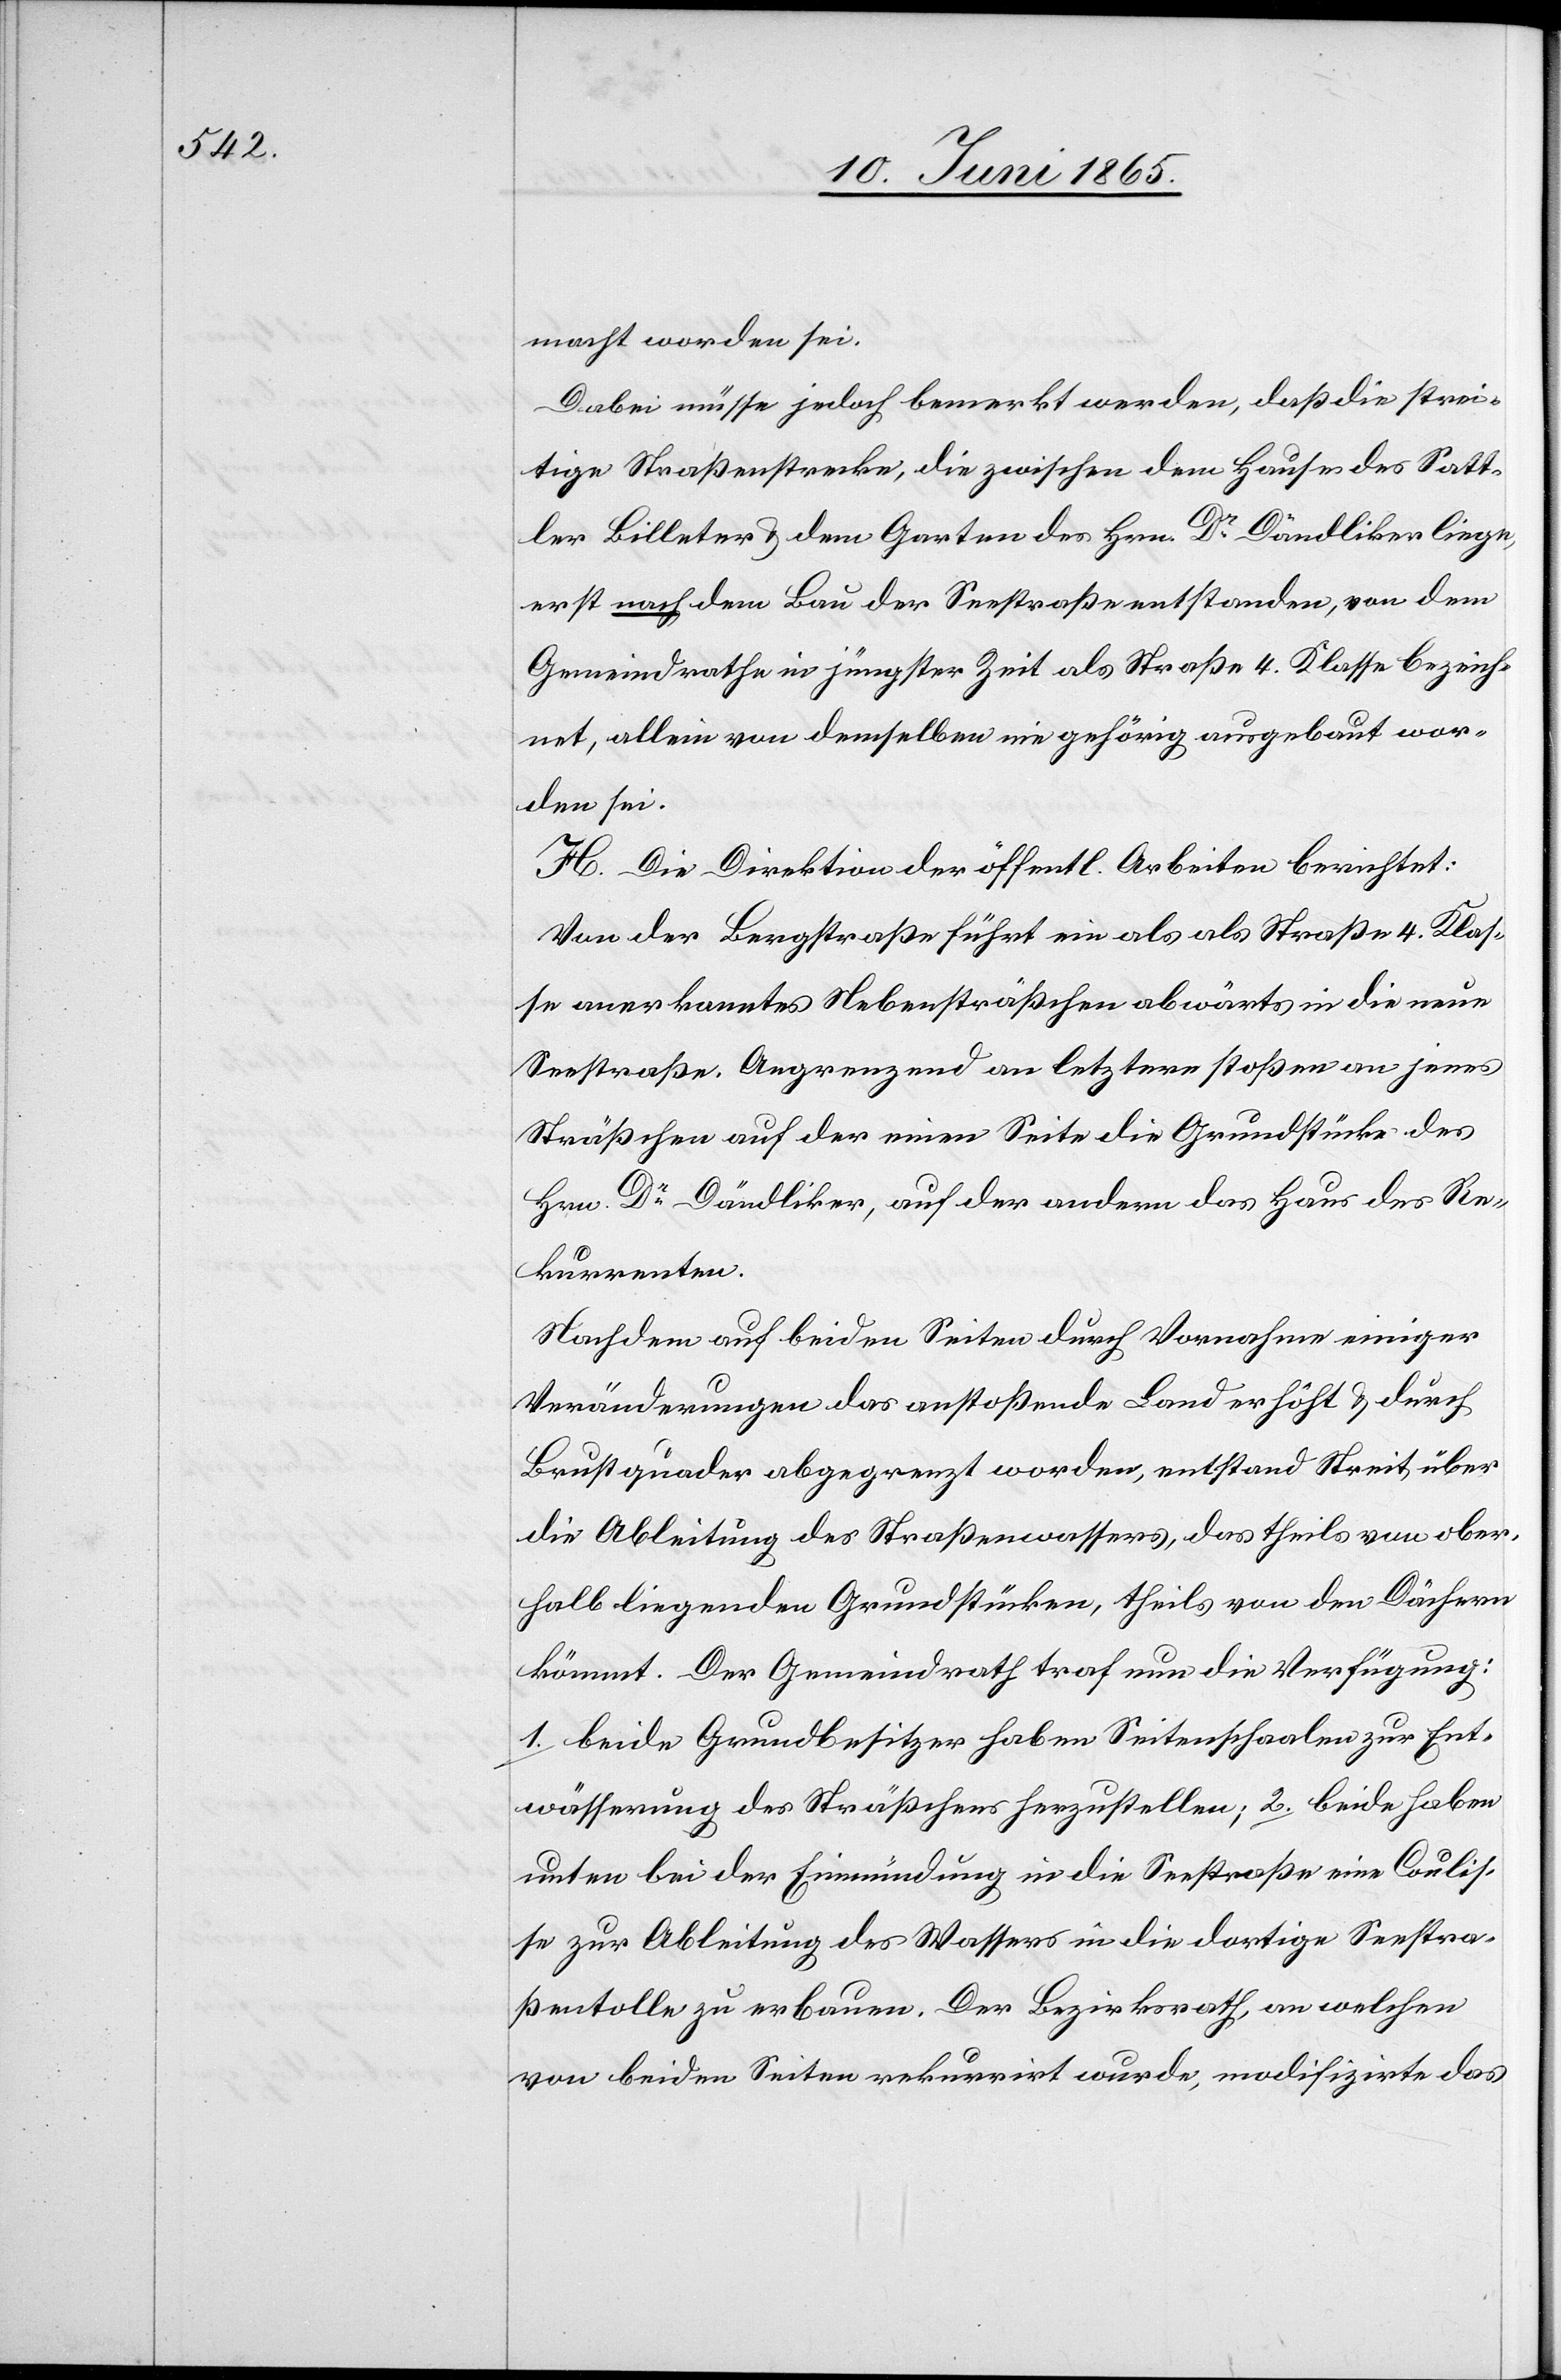
macht worden sei.
Dabei müsse jedoch bemerkt werden, daß die strei¬
tige Straßenstrecke, die zwischen dem Hause des Satt¬
ler Billeter & dem Garten des Hrn. Dr Dändliker liege,
erst nach dem Bau der Seestraße entstanden, von dem
Gemeindrathe in jüngster Zeit als Straße 4. Klasse bezeich¬
net, allein von demselben nie gehörig ausgebaut wor¬
den sei.
H. Die Direktion der öffentl. Arbeiten berichtet:
Von der Bergstraße führt ein als Straße 4. Klas¬
se anerkanntes Nebensträßchen abwärts in die neue
Seestraße. Angrenzend an letztere stoßen an jenes
Sträßchen auf der einen Seite die Grundstücke des
Hrn. Dr Dändliker, auf der andern das Haus des Re¬
kurrenten.
Nachdem auf beiden Seiten durch Vornahme einiger
Veränderungen das anstoßende Land erhöht & durch
Brustquader abgegrenzt worden, entstand Streit über
die Ableitung des Straßenwassers, das theils von ober¬
halb liegenden Grundstücken, theils von den Dächern
kömmt. Der Gemeindrath traf nun die Verfügung:
1. beide Grundbesitzer haben Seitenschaalen zur Ent¬
wässerung des Sträßchens herzustellen; 2. beide haben
unten bei der Einmündung in die Seestraße eine Coulis¬
se zur Ableitung des Wassers in die dortige Seestra¬
ßentolle zu erbauen. Der Bezirksrath, an welchen
von beiden Seiten rekurrirt wurde, modifizirte das